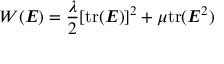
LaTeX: W ( { \boldsymbol { E } } ) = { \frac { \lambda } { 2 } } [ { \mathrm { t r } } ( { \boldsymbol { E } } ) ] ^ { 2 } + \mu { \mathrm { t r } } ( { \boldsymbol { E } } ^ { 2 } )